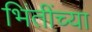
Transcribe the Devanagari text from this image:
भिंतींच्या